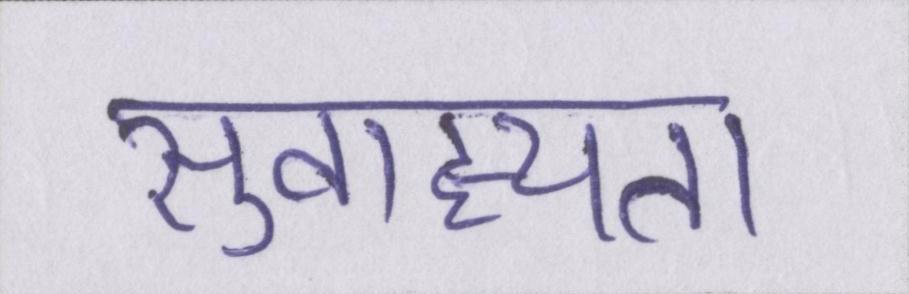
सुवाह्यता